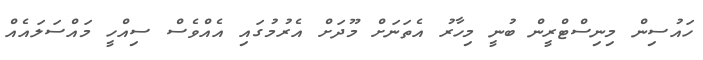
ހައުސިން މިނިސްޓްރީން ބުނީ މިހާރު އެތަނަށް މޫދަށް އެރުމުގައި އެއްވެސް ސިއްހީ މައްސަލައެއް